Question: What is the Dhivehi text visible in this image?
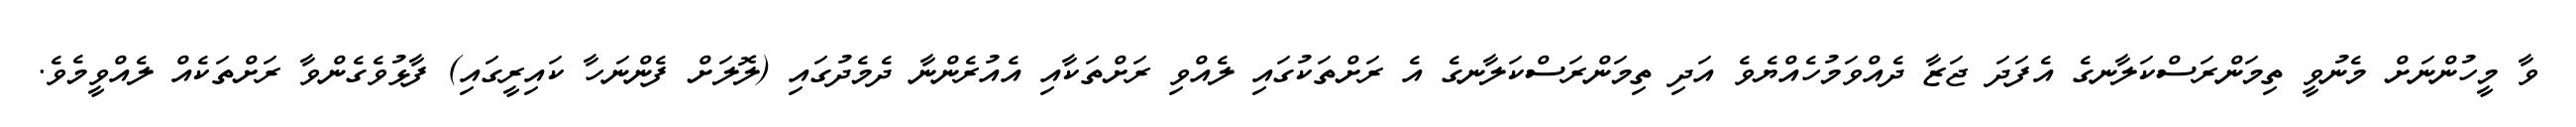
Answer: ވާ މީހުންނަށް މެނުވީ ތިމަންރަސްކަލާނގެ އެފަދަ ޖަޒާ ދެއްވަމުހެއްޔެވެ އަދި ތިމަންރަސްކަލާނގެ އެ ރަށްތަކުގައި ލެއްވި ރަށްތަކާއި އެއުރެންނާ ދެމެދުގައި (ލޮލަށް ފެންނަހާ ކައިރީގައި) ފާޅުވެގެންވާ ރަށްތަކެއް ލެއްވީމެވެ.